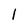
Character: 1